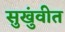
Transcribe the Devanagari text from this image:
सुखुंवीत